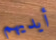
أيديهم